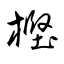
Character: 樫